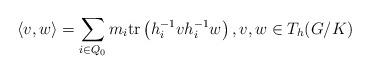
LaTeX: \begin{align*}\langle v,w\rangle=\sum_{i\in Q_0}m_i\mathrm{tr}\left(h_i^{-1}vh_i^{-1}w\right), v,w\in T_h(G/K)\end{align*}